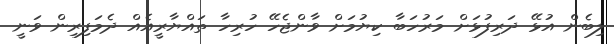
ލިބެން އުޅޭ ދަރިފުޅަށް މަރުހަބާ ކިޔުމަށް ވާންޖެހޭ ހުރިހާ ތައްޔާރީއެއް ދެމަފިރިން ވަނީ